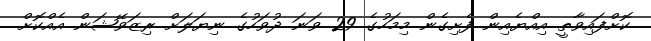
ކޮށްފައިވާތީ އިއްޔެއިން ފެށިގެން މިމަހުގެ 29 ވަނަ ދުވަހުގެ ނިޔަލަށް ރިޒަވޭޝަން އެއްކޮށް